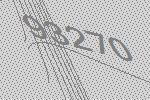
93270